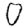
Digit: 0